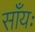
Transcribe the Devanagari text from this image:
साँयः